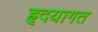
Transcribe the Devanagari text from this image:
हृदयागत